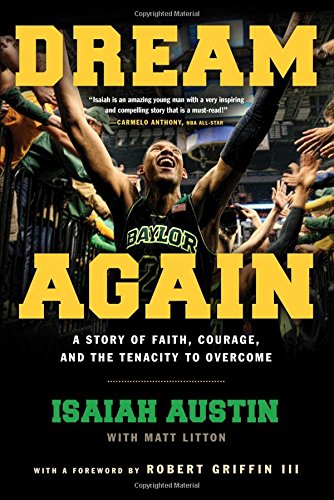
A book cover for Dream Again: A Story of Faith, Courage, and the Tenacity to Overcome; Isaiah Austin; Biographies & Memoirs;